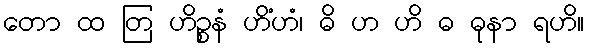
တော ထ တြ ဟိဉ္စနံ ဟိံဟံ၊ ဓိ ဟ ဟိ ဓ ဓုနာ ရဟိ။